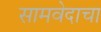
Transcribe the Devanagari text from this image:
सामवेदाचा